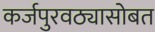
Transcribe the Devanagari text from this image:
कर्जपुरवठ्यासोबत